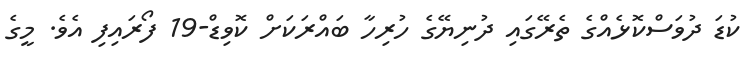
ކުޑަ ދުވަސްކޮޅެއްގެ ތެރޭގައި ދުނިޔޭގެ ހުރިހާ ބައްރަކަށް ކޮވިޑް-19 ފޯރައިފި އެވެ. މީގެ